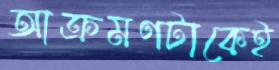
আক্রমণটাকেই